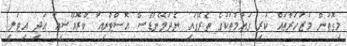
މިގޮތުން މުޒަހަރާތައް ކުރި ގައުމުތަކުގެ ތެރޭގައި ނެދަލޭންޑްސް އޮސްޓްރިއާ ކްރޮއޭޝިއާ އަދި އިޓަލީ